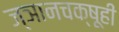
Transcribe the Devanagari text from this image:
ज्ञानचक्षूही